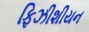
ફિઝીશીયન